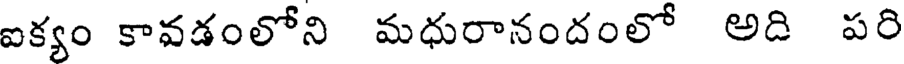
ఐక్యం కావడంలోని మధురానందంలో అది పరి